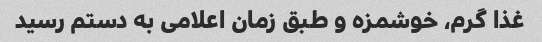
غذا گرم، خوشمزه و طبق زمان اعلامی به دستم رسید